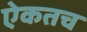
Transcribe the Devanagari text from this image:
ऐकतच